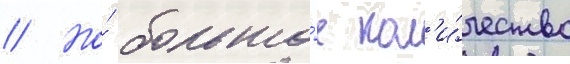
// Но́ большо́е кол'и́чество